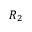
R _ { 2 }